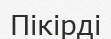
Пікірді